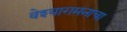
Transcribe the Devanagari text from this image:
वेश्यागमनाचा